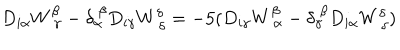
LaTeX: D _ { i \alpha } W _ { ~ \gamma } ^ { \beta } - \delta _ { \alpha } ^ { ~ \beta } D _ { i \gamma } W _ { ~ \delta } ^ { \delta } = - 5 ( D _ { i \gamma } W _ { ~ \alpha } ^ { \beta } - \delta _ { \gamma } ^ { ~ \beta } D _ { i \alpha } W _ { ~ \delta } ^ { \delta } )